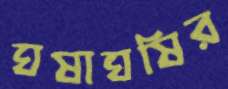
ঘষাঘষির